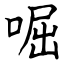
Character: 啒